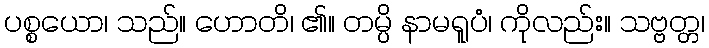
ပစ္စယော၊ သည်။ ဟောတိ၊ ၏။ တမ္ပိ နာမရူပံ၊ ကိုလည်း။ သဗ္ဗတ္တ၊